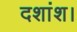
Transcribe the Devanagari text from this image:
दशांश।